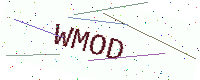
Text: WMOD